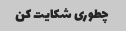
چطوری شکایت کن